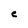
Character: C